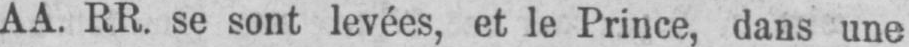
AA. RR. se sont levées, et le Prince, dans une